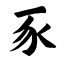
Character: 豕